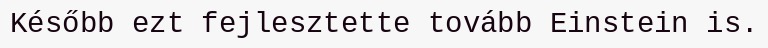
Később ezt fejlesztette tovább Einstein is.